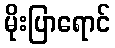
မိုးပြာရောင်